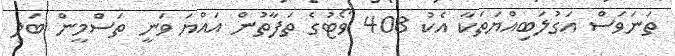
ތަނަވަސް އަގުލަބިއްޔަތަކާ އެކު 408 ވޯޓުގެ ތަފާތުން އައްޔަ ވަނީ ތަސްމީން ބަލި